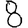
Digit: 8